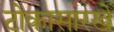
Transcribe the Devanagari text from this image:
टोकासारखे